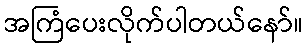
အကြံပေးလိုက်ပါတယ်နော်။